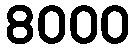
8000